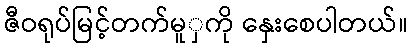
ဇီဝရုပ်မြင့်တက်မူှကို နှေးစေပါတယ်။